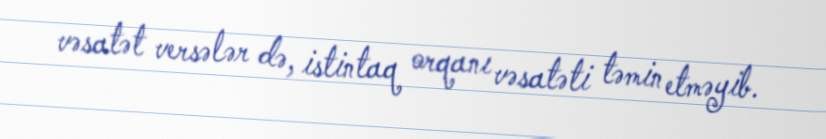
vəsatət versələr də, istintaq orqanı vəsatəti təmin etməyib.